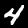
Digit: 4